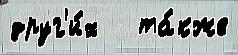
друг'и́х   та́кже